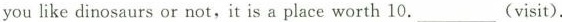
you like dinosaurs or not,it is a place worth 10.___(visit).